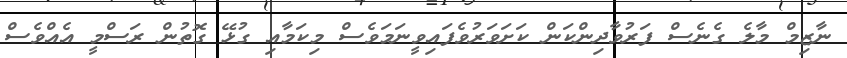
ނާޒިމް މާލެ ގެނެސް ފަރުވާދިންކަން ކަށަވަރުވެފައިވީނަމަވެސް މިކަމާއި ގުޅޭ ގޮތުން ރަސްމީ އެއްވެސް